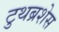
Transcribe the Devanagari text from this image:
टुथब्रशेस